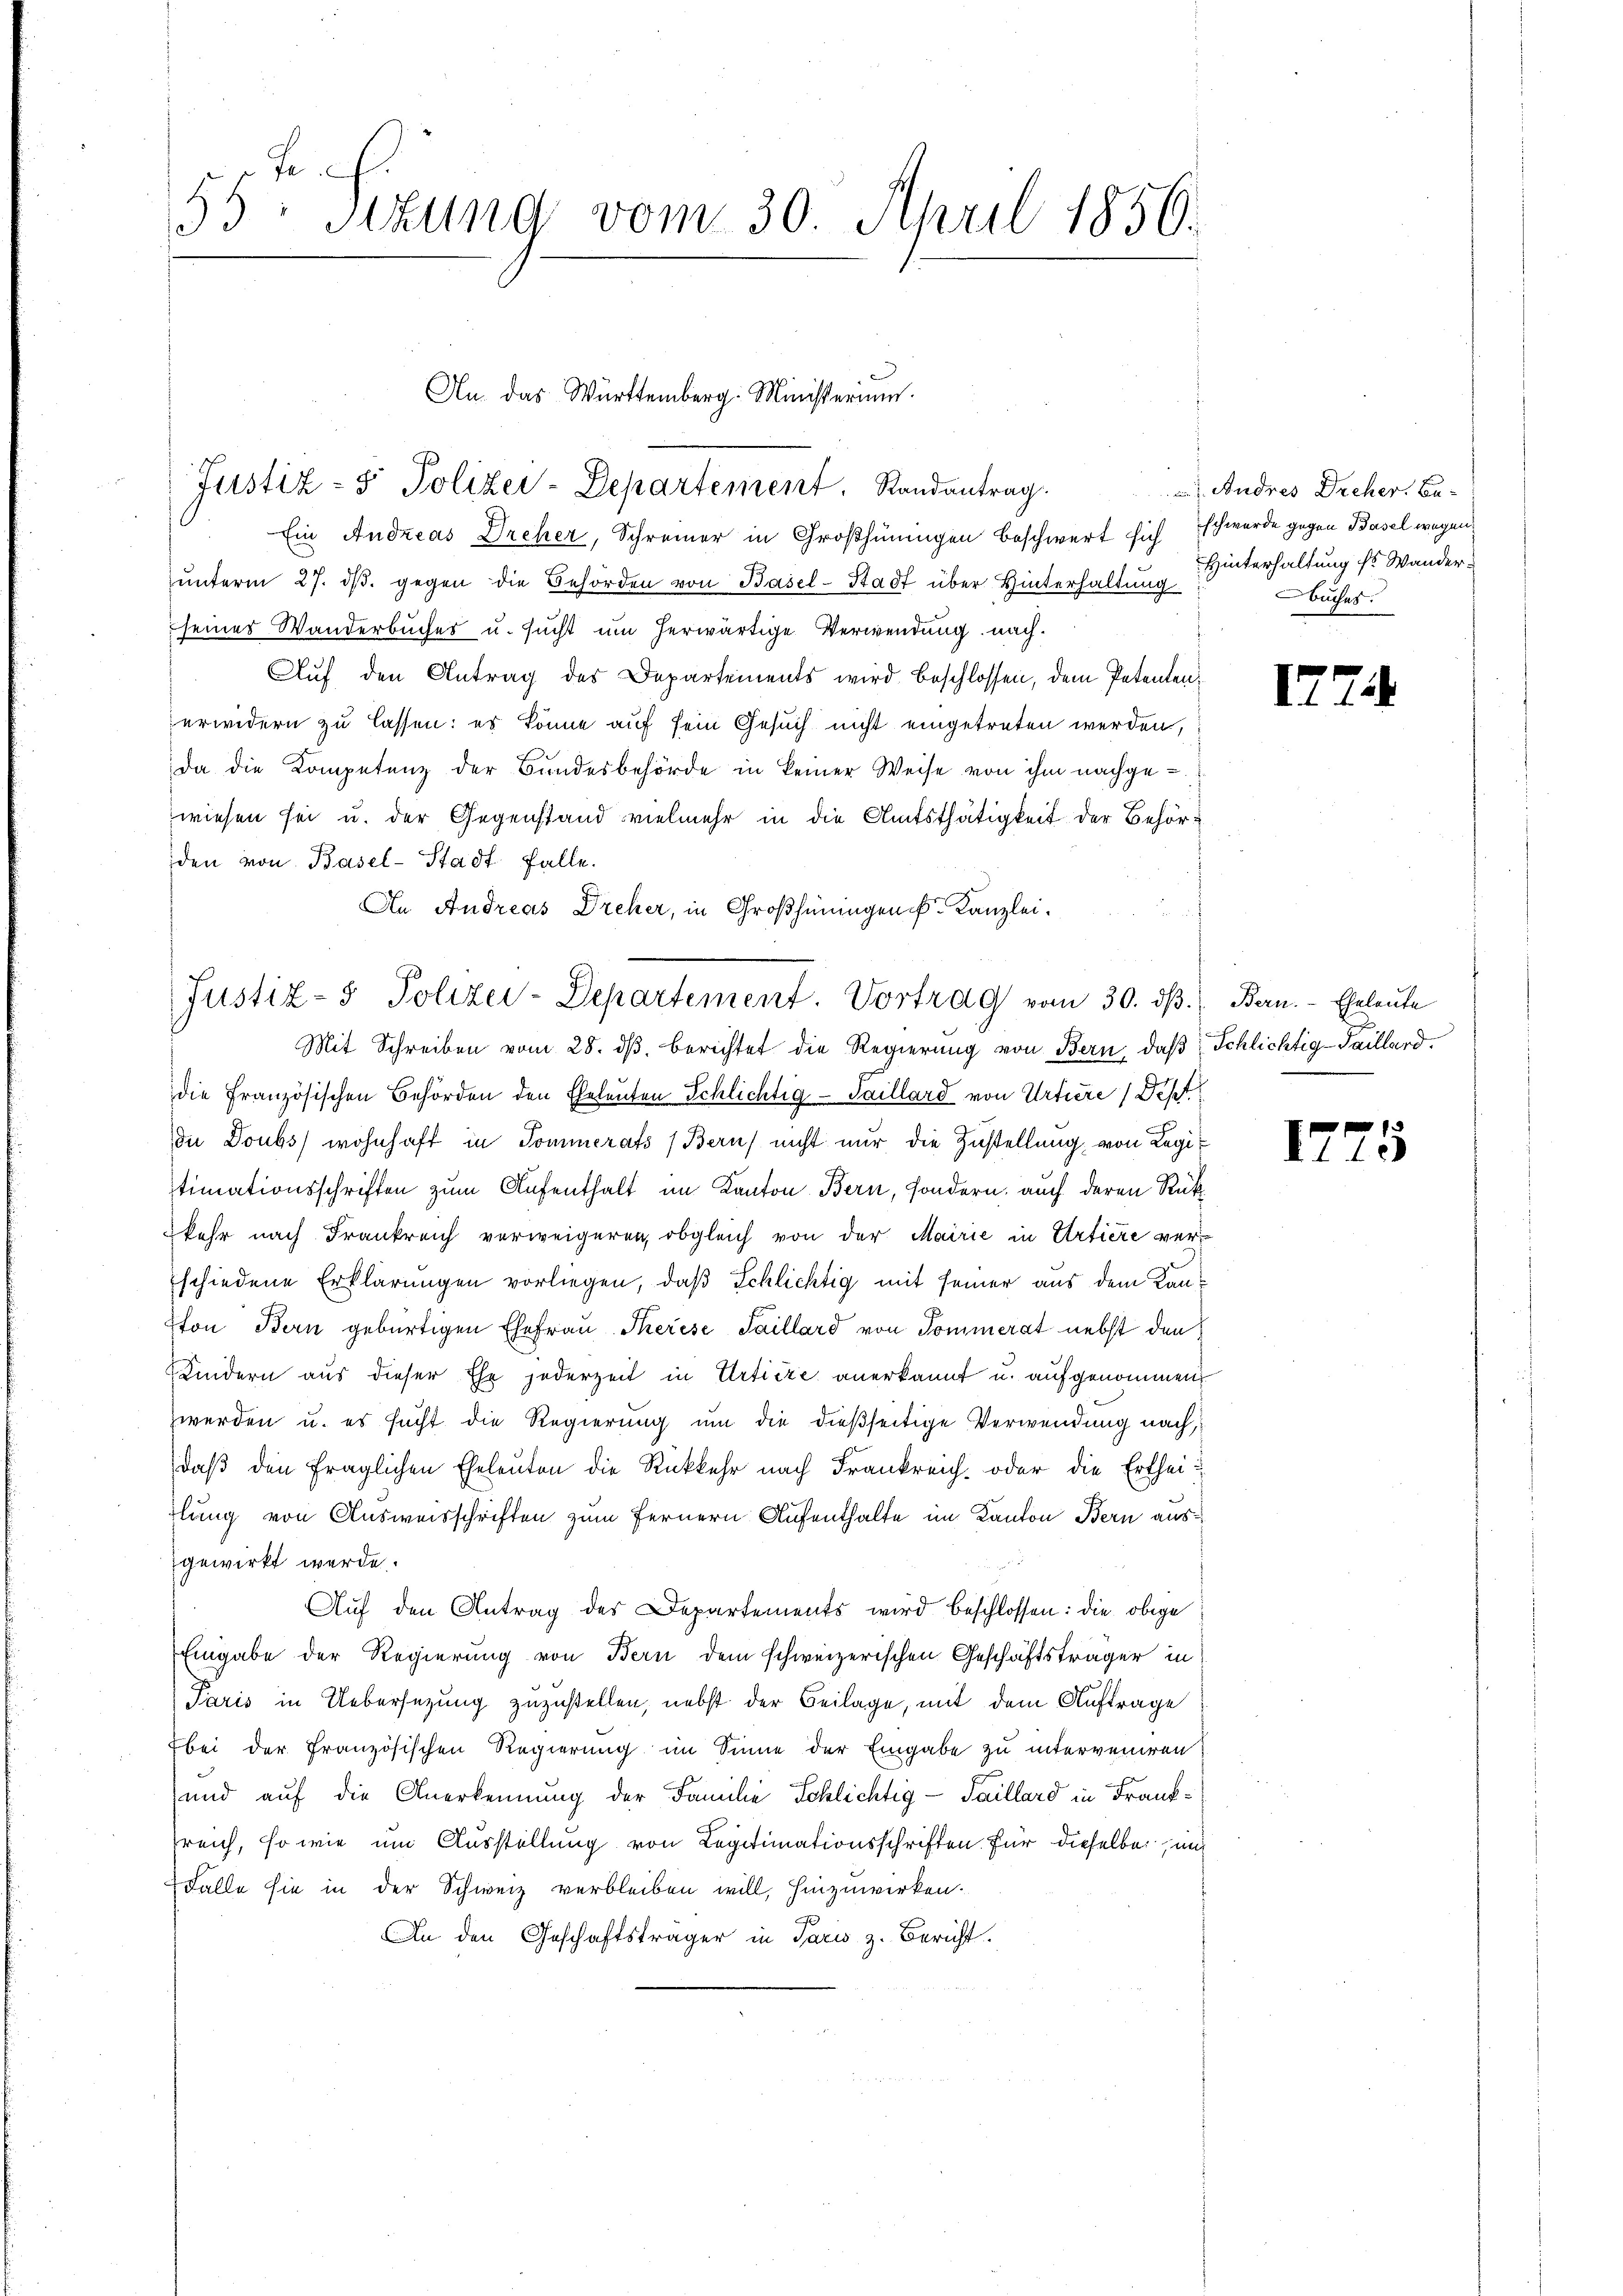
f
55 sezung vom 30. April 1850.

Ein Andreas Dreher, Schreiner in Großhinungen beschwert sich schwerde gegen Basel wegen
ŭnterm 27. dβ. gegen die Behörden von Basel-Stadt über Hinterhaltung
seiner Wanderbuches u. sucht um herwärtige Verwendung nach¬
Auf den Antrag des Departements wird beschlossen, dem Petentenerwidern zu lassen: es könne auf sein Gesuch nicht eingetreten werden,
da die Kompetenz der Bundesbehörde in keiner Weise von ihm nachge-
wiesen sei u. der Gegenstand vielmehr in die Amtsthätigkeit der Behörden von Basel-Stadt falle.
An Andreas Dreher, in Großheningen Kanzlei¬
Mit Schreiben vom 28. ds. berichtet die Regierung von Bern, daß Schlichtig-Saillard.
die Französischen Behörden den Eheleuten Schlichtig-Saillard von Urtiere / Dep
De Doubs wohnhaft in Sommerats (Bern nicht nur die Zustellung, von Regitimationsschriften zum Aufenthalt im Kanton Bern, sondern auch deren Rükkehr nach Frankreich verweigeren, obgleich von der Mairie in Urtiere verschiedene Erklärungen vorliegen, daß Schlichtig mit seiner aus dem Kan¬
Eton Bern gebürtigen Ehefrau Therese Saillard von Sommerat nebst den
Kindern aus dieser Ehe jederzeit in Urtiere anerkannt u. aufgenommen
zwerden u. es sucht die Regierung um die dießseitige Verwendung nach,
daß den fraglichen Eheleuten die Rückkehr nach Frankreich- oder die Ertheidlung von Ausweisschriften zum Fernern Aufenthalte im Kanton Bern ausgewirkt werde.
Aŭf den Antrag des Departements wird beschlossen: die obige
Eingabe der Regierung von Bern dem schweizerischen Geschäftsträger in
Paris in Uebersezung zuzustellen, nebst der Beilage, mit dem Auftrage
bei der Französischen Regierung im Sinne der Eingabe zu interveniren
und auf die Anerkennung der Familie Schlichtig - Saillard in Frankreich, so wie um Ausstellung von Legitimationsschriften für dieselbe, und
Falle sie in der Schweiz verbleiben will, hinzuwirken.
An den Geschäftsträger in Paris z. Bericht.

An das Württemberg. Ministerium.
Justiz- & Polizei-Departement. Randantrag.

Justiz- & Polizei-Departement. Vortrag vom 30. dβ. Bern. Eheleute

Andres Dreher. Bu¬
Hinterhaltung ss Wander.
Buches.

17

17

.

5